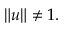
\| u \| \neq 1 .